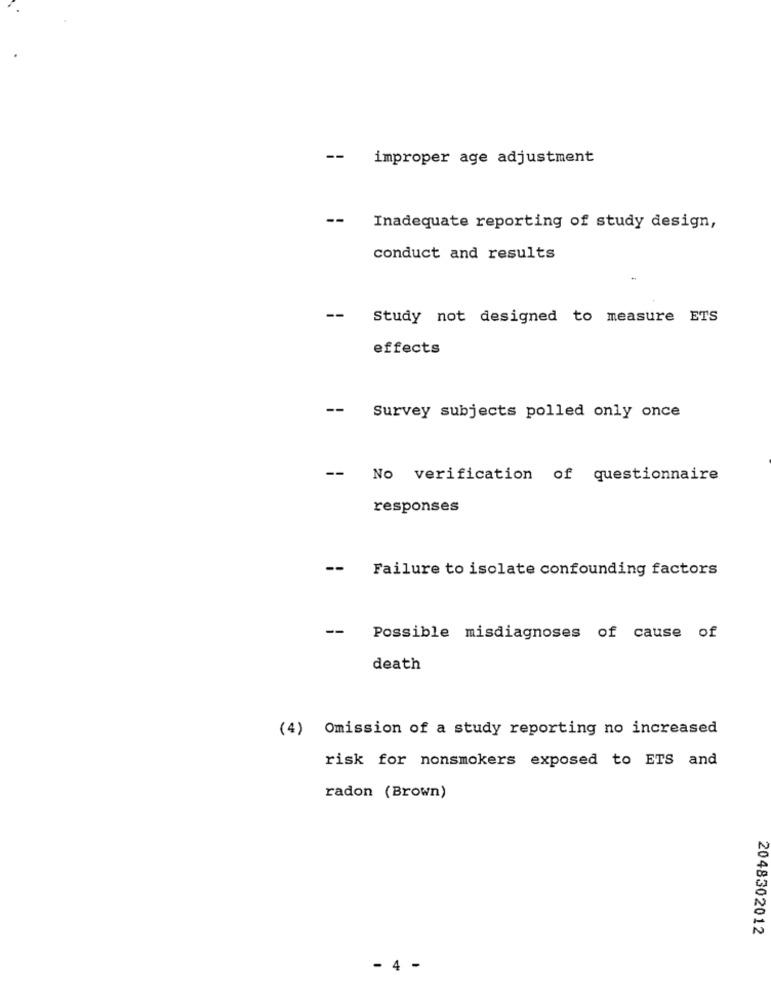
--
improper age adjustment
--
Inadequate reporting of study design,
conduct and results
-- Study not designed to measure ETS
effects
-- Survey subjects polled only once
--
No verification of questionnaire
responses
-- Failure to isolate confounding factors
--
Possible misdiagnoses of cause of
death
(4) Omission of a study reporting no increased
risk for nonsmokers exposed to ETS and
radon (Brown)
2048302012
- 4 -